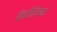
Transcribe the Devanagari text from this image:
पॅनटोलिअनो